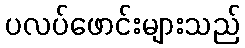
ပလပ်ဖောင်းများသည်